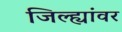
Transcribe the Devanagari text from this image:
जिल्ह्यांवर